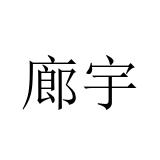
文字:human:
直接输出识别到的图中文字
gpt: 廊宇